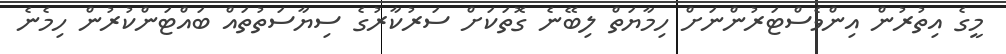
މީގެ އިތުރުން އިންވެސްޓަރުންނަށް ހިމާޔަތް ލިބޭނެ ގޮތަކަށް ސަރުކާރުގެ ސިޔާސަތުތައް ބައްޓަންކުރުން ހިމެނެ